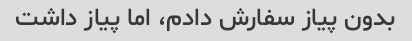
بدون پیاز سفارش دادم، اما پیاز داشت